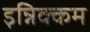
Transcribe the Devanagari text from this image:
इन्निक्कम